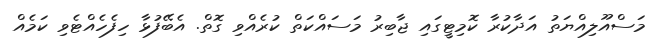
މަސްއޫލިއްޔަތު އަދާކުރާ ކޮމިޓީގައި ޖާބިރު މަސައްކަތް ކުރެއްވި ގޮތް. އެބޭފުޅާ ހިފެހެއްޓެވި ކަމެއް